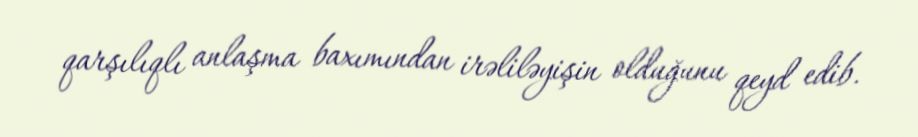
qarşılıqlı anlaşma baxımından irəliləyişin olduğunu qeyd edib.